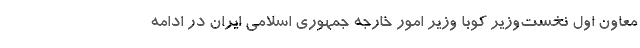
معاون اول نخست‌وزیر کوبا وزیر امور خارجه جمهوری اسلامی ایران در ادامه